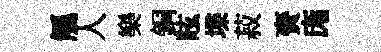
觚人樂銅眩堞菽賚庬